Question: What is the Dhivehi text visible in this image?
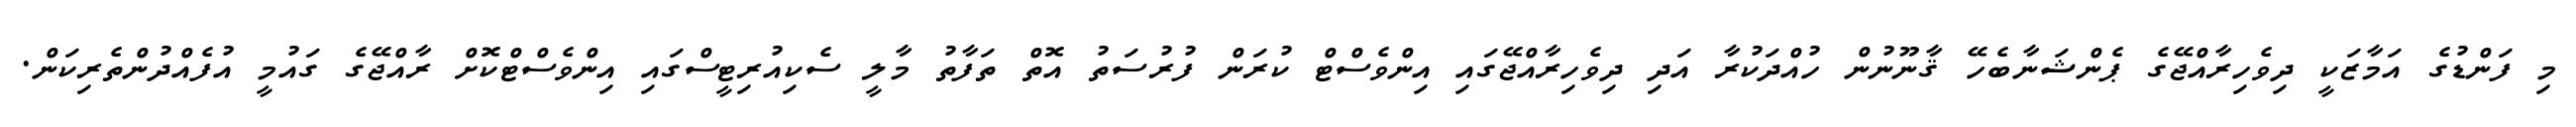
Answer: މި ފަންޑުގެ އަމާޒަކީ ދިވެހިރާއްޖޭގެ ޕެންޝަނާބެހޭ ޤާނޫނުން ހުއްދަކުރާ އަދި ދިވެހިރާއްޖޭގައި އިންވެސްޓް ކުރަން ފުރުސަތު އޮތް ތަފާތު މާލީ ސެކިއުރިޓީސްގައި އިންވެސްޓްކޮށް ރާއްޖޭގެ ގައުމީ އުފެއްދުންތެރިކަން.